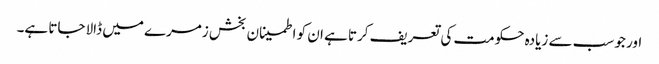
اور جو سب سے زیادہ حکومت کی تعریف کرتا ہے ان کو اطمینان بخش زمرے میں ڈالا جاتا ہے۔